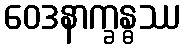
ဝေဒနာက္ခန္ဓဿ